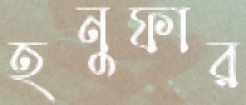
হনুফার